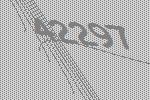
42297